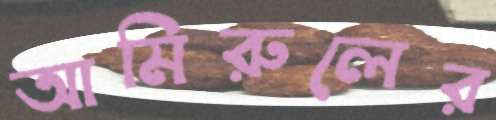
আমিরুলের